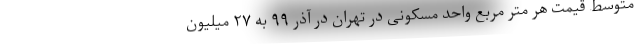
متوسط قیمت هر متر مربع واحد مسکونی در تهران در آذر ۹۹ به ۲۷ میلیون